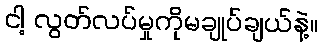
ငါ့ လွတ်လပ်မှုကိုမချုပ်ချယ်နဲ့။